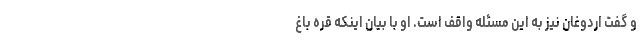
و گفت اردوغان نیز به این مسئله واقف است. او با بیان اینکه قره باغ